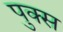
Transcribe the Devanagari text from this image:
पुक्स